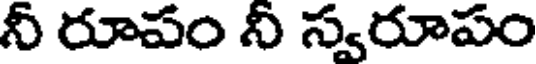
నీ రూపం నీ స్వరూపం